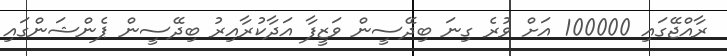
ރާއްޖޭގައި 100000 އަށް ވުރެ ގިނަ ބިދޭސީން ވަޒީފާ އަދާކުރާއިރު ބިދޭސީން ޕެންޝަންގައި